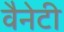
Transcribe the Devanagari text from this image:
वैनेटी